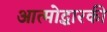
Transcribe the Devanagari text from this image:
आत्मोद्धारकी